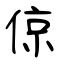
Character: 倞